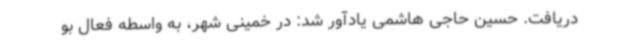
دریافت. حسین حاجی هاشمی یادآور شد: در خمینی شهر، به واسطه فعال بو